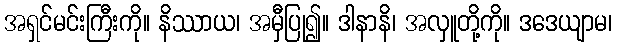
အရှင်မင်းကြီးကို။ နိဿာယ၊ အမှီပြု၍။ ဒါနာနိ၊ အလှူတို့ကို။ ဒဒေယျာမ၊